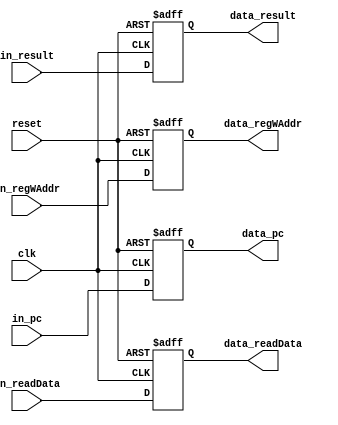
// 
//  reg_WAddr result readData
/*
  stall  flush stall  flush 
 */
module mem_wb (
    input clk,
    input reset,
    input [4:0] in_regWAddr,
    input [31:0] in_result,
    input [31:0] in_readData,
    input [31:0] in_pc,
    output [4:0] data_regWAddr,
    output [31:0] data_result,
    output [31:0] data_readData,
    output [31:0] data_pc
);

  reg [ 4:0] reg_regWAddr;
  reg [31:0] reg_result;
  reg [31:0] reg_readData;
  reg [31:0] reg_pc;

  always @(posedge clk or posedge reset) begin
    if (reset) begin
      reg_regWAddr <= 5'h0;
    end else begin
      reg_regWAddr <= in_regWAddr;
    end
  end

  always @(posedge clk or posedge reset) begin
    if (reset) begin
      reg_result <= 32'h0;
    end else begin
      reg_result <= in_result;
    end
  end

  always @(posedge clk or posedge reset) begin
    if (reset) begin
      reg_readData <= 32'h0;
    end else begin
      reg_readData <= in_readData;
    end
  end

  always @(posedge clk or posedge reset) begin
    if (reset) begin
      reg_pc <= 32'h0;
    end else begin
      reg_pc <= in_pc;
    end
  end

  assign data_regWAddr = reg_regWAddr;
  assign data_result   = reg_result;
  assign data_readData = reg_readData;
  assign data_pc       = reg_pc;

endmodule